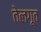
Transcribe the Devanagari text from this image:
तेलगूत